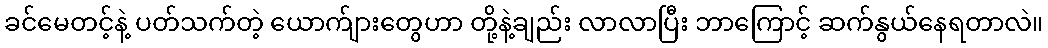
ခင်မေတင့်နဲ့ ပတ်သက်တဲ့ ယောက်ျားတွေဟာ တို့နဲ့ချည်း လာလာပြီး ဘာကြောင့် ဆက်နွယ်နေရတာလဲ။